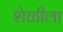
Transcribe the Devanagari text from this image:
शेळीला